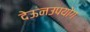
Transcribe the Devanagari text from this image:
देऊनउपयोग